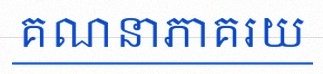
គណនាភាគរយ